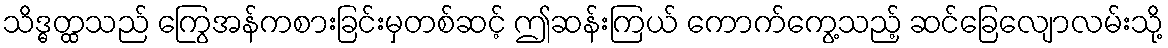
သိဒ္ဓတ္ထသည် ကြွေအန်ကစားခြင်းမှတစ်ဆင့် ဤဆန်းကြယ် ကောက်ကွေ့သည့် ဆင်ခြေလျောလမ်းသို့